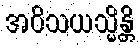
အဝိသယသ္မိန္တိ